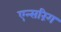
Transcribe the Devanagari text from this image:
एन्सरिंग